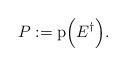
LaTeX: \begin{align*}P:={\rm p}\Bigl(E^\dagger\Bigr).\end{align*}